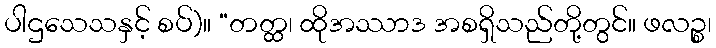
ပါဌသေသနှင့် စပ်)။ “တတ္ထ၊ ထိုအဿာဒ အစရှိသည်တို့တွင်။ ဖလဉ္စ၊